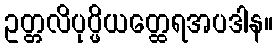
ဥတ္တလိပုပ္ဖိယတ္ထေရအပဒါန။